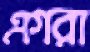
এগরা